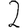
Digit: 2